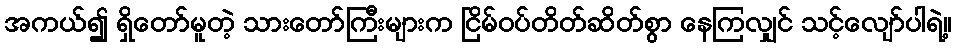
အကယ်၍ ရှိတော်မူတဲ့ သားတော်ကြီးများက ငြိမ်ဝပ်တိတ်ဆိတ်စွာ နေကြလျှင် သင့်လျော်ပါရဲ့။